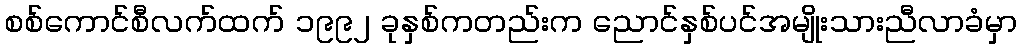
စစ်ကောင်စီလက်ထက် ၁၉၉၂ ခုနှစ်ကတည်းက ညောင်နှစ်ပင်အမျိုးသားညီလာခံမှာ